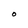
Character: O